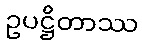
ဥပဋ္ဌိတာဿ